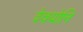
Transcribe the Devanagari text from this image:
देवयोनि